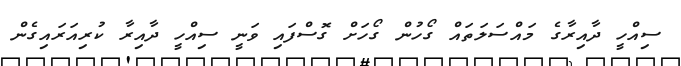
ސިއްހީ ދާއިރާގެ މައްސަލަތައް ގޯހުން ގޯހަށް ގޮސްފައި ވަނީ ސިއްހީ ދާއިރާ ކުރިއަރައިގެން